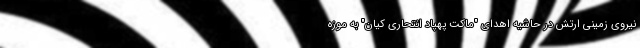
نیروی زمینی ارتش در حاشیه اهدای "ماکت پهپاد انتحاری کیان" به موزه